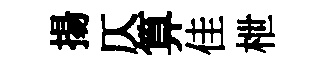
揚仄算佳枻